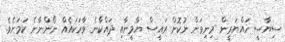
ސިޔާސީ ހައްޔަރީން މިނިވަން ނުކޮށް ރައީސް ޔާމީނާއި ދައްކާނެ ވާހަކައެއް ނޯންނާނެ ކަމަށެވެ.